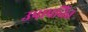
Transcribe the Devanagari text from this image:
उपापचित